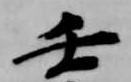
壬